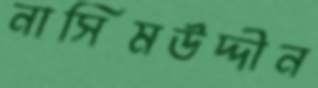
নাসিমউদ্দীন